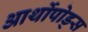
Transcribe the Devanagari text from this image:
आर्थोपोड्स